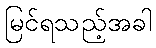
မြင်ရသည့်အခါ